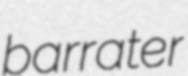
barrater